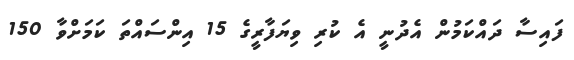
ފައިސާ ދައްކަމުން އެދުނީ އެ ކުރި ވިޔަފާރީގެ 15 އިންސައްތަ ކަމަށްވާ 150